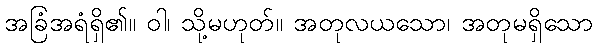
အခြံအရံရှိ၏။ ဝါ၊ သို့မဟုတ်။ အတုလယသော၊ အတုမရှိသော